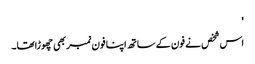
'
اس شخص نے فون کے ساتھ اپنا فون نمبر بھی چھوڑاتھا۔